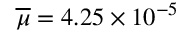
\overline { { \mu } } = 4 . 2 5 \times 1 0 ^ { - 5 }